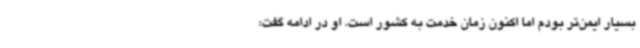
بسیار ایمن‌تر بودم اما اکنون زمان خدمت به کشور است. او در ادامه گفت: